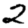
Digit: 2